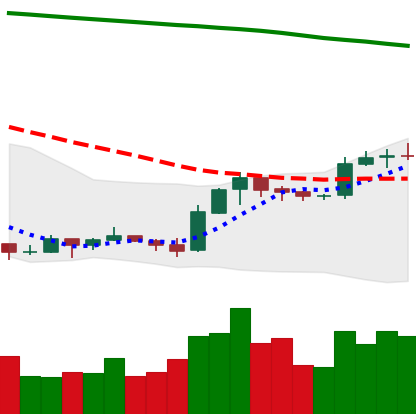
Ticker: EOS-USD
Chart end date: 2019-09-17
Forward return: -6.112%
Label: down_5_7